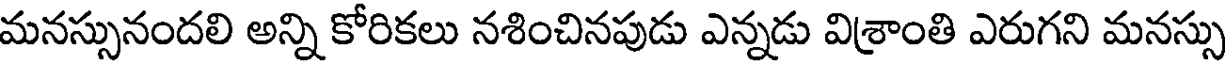
మనస్సునందలి అన్ని కోరికలు నశించినపుడు ఎన్నడు విశ్రాంతి ఎరుగని మనస్సు